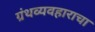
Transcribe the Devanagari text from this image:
ग्रंथव्यवहाराचा